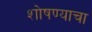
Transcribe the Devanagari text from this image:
शोषण्याचा